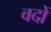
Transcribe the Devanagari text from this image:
वदों